Lunatic asylums Madras 1877-1891 - 1877-1891
Year: 1877
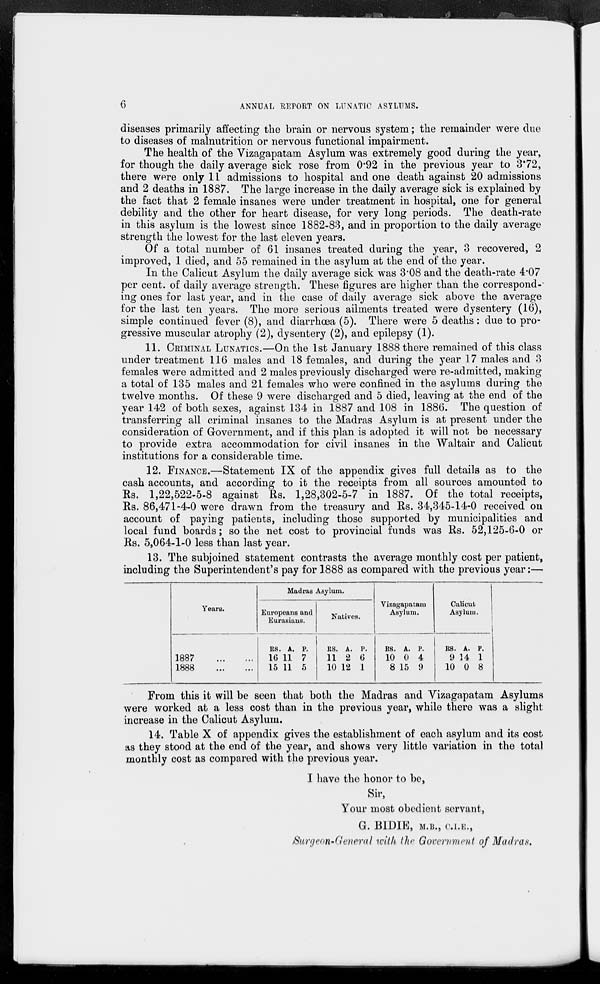
6
ANNUAL REPORT ON LUNATIC ASYLUMS.
diseases primarily affecting the brain or nervous system; the remainder were due
to diseases of malnutrition or nervous functional impairment.
The health of the Vizagapatam Asylum was extremely good during the year,
for though the daily average sick rose from 0.92 in the previous year to 3.72,
there were only 11 admissions to hospital and one death against 20 admissions
and 2 deaths in 1887. The large increase in the daily average sick is explained by
the fact that 2 female insanes were under treatment in hospital, one for general
debility and the other for heart disease, for very long periods. The death-rate
in this asylum is the lowest since 1882-83, and in proportion to the daily average
strength the lowest for the last eleven years.
Of a total number of 61 insanes treated during the year, 3 recovered, 2
improved, 1 died, and 55 remained in the asylum at the end of the year.
In the Calicut Asylum the daily average sick was 3.08 and the death-rate 4.07
per cent. of daily average strength. These figures are higher than the correspond-
ing ones for last year, and in the case of daily average sick above the average
for the last ten years. The more serious ailments treated were dysentery (16),
simple continued fever (8), and diarrhœa (5). There were 5 deaths: due to pro-
gressive muscular atrophy (2), dysentery (2), and epilepsy (1).
11. CRIMINAL LUNATICS.—On the 1st January 1888 there remained of this class
under treatment 116 males and 18 females, and during the year 17 males and 3
females were admitted and 2 males previously discharged were re-admitted, making
a total of 135 males and 21 females who were confined in the asylums during the
twelve months. Of these 9 were discharged and 5 died, leaving at the end of the
year 142 of both sexes, against 134 in 1887 and 108 in 1886. The question of
transferring all criminal insanes to the Madras Asylum is at present under the
consideration of Government, and if this plan is adopted it will not be necessary
to provide extra accommodation for civil insanes in the Waltair and Calicut
institutions for a considerable time.
12. FINANCE.—Statement IX of the appendix gives full details as to the
cash accounts, and according to it the receipts from all sources amounted to
Rs. 1,22,522-5-8 against Rs. 1,28,302-5-7 in 1887. Of the total receipts,
Rs. 86,471-4-0 were drawn from the treasury and Rs. 34,345-14-0 received on
account of paying patients, including those supported by municipalities and
local fund boards; so the net cost to provincial funds was Rs. 52,125-6-0 or
Rs. 5,064-1-0 less than last year.
13. The subjoined statement contrasts the average monthly cost per patient,
including the Superintendent's pay for 1888 as compared with the previous year:—
Years.
1887
...
...
1888 ... ...
Madras Asylum.
Europeans and
Eurasians.
RS.
16
15
A.
11
11
P.
7
5
Natives.
RS.
11
10
A.
2
12
P.
6
1
Vizagapatam
Asylum.
RS.
10
8
A.
0
15
P.
4
9
Calicut
Asylum.
RS.
9
10
A.
14
0
P.
1
8
From this it will be seen that both the Madras and Vizagapatam Asylums
were worked at a less cost than in the previous year, while there was a slight
increase in the Calicut Asylum.
14. Table X of appendix gives the establishment of each asylum and its cost
as they stood at the end of the year, and shows very little variation in the total
monthly cost as compared with the previous year.
I have the honor to be,
Sir,
Your most obedient servant,
G. BIDIE, M.B., C.I.E.,
Surgeon-General with the Government of Madras.